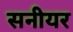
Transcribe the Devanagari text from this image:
सनीयर